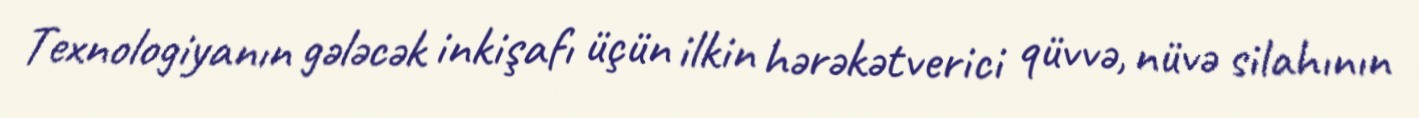
Texnologiyanın gələcək inkişafı üçün ilkin hərəkətverici qüvvə, nüvə silahının